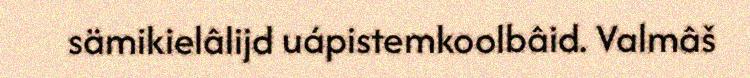
sämikielâlijd uápistemkoolbâid. Valmâš